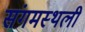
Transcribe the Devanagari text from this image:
संगमस्थली